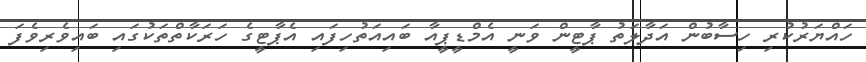
ހައްޔަރުކުރި ހިސާބުން އަދާލަތު ޕާޓީން ވަނީ އެމްޑީޕީއާ ބައިއަތުހިފައި އެޕާޓީގެ ހަރަކާތްތަކުގައި ބައިވެރިވެފަ